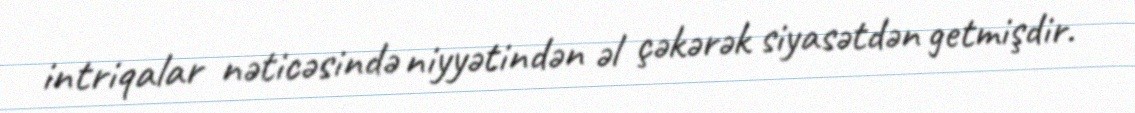
intriqalar nəticəsində niyyətindən əl çəkərək siyasətdən getmişdir.